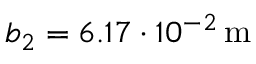
b _ { 2 } = 6 . 1 7 \cdot 1 0 ^ { - 2 } \, \mathrm { m }